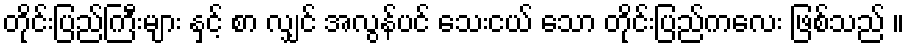
တိုင်းပြည်ကြီးများ နှင့် စာ လျှင် အလွန်ပင် သေးငယ် သော တိုင်းပြည်ကလေး ဖြစ်သည် ။